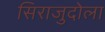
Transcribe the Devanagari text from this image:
सिराजुदोला